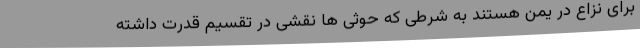
برای نزاع در یمن هستند به شرطی که حوثی ها نقشی در تقسیم قدرت داشته